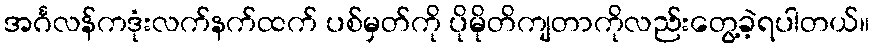
အင်္ဂလန်ကဒုံးလက်နက်ထက် ပစ်မှတ်ကို ပိုမိုတိကျတာကိုလည်းတွေ့ခဲ့ရပါတယ်။